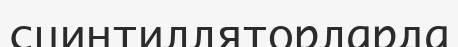
сцинтилляторларда